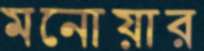
মনোয়ার